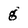
Character: g